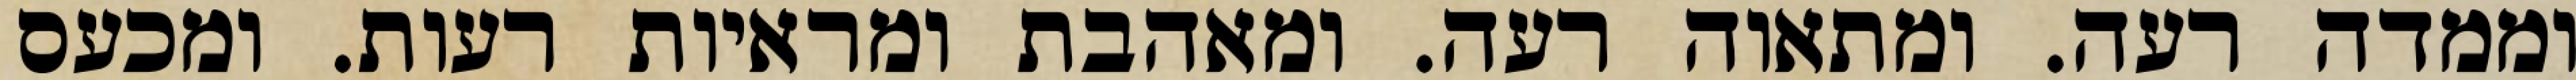
וממדה רעה. ומתאוה רעה. ומאהבת ומראיות רעות. ומכעס